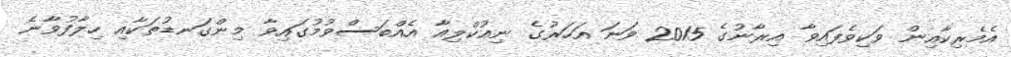
އެމެރިކާއިން ވަކިވެފައިވާ އިރާނުގެ 2015 ވަނަ އަހަރުގެ ނިއުކްލިއާ އެއްބަސްވުމުގައިވާ މިންގަނޑުތަކާއި ހިލާފުވާނެ